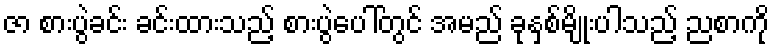
ဇာ စားပွဲခင်း ခင်းထားသည့် စားပွဲပေါ်တွင် အမည် ခုနှစ်မျိုးပါသည့် ညစာကို